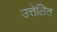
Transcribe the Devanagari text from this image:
उत्तेलित